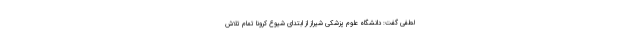
لطفی گفت: دانشگاه علوم پزشکی شیراز از ابتدای شیوع کرونا تمام تلاش